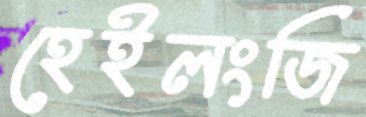
হেইলংজি